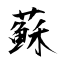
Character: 蘇